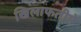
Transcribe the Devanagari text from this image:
खिलाफतीने